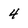
Character: 4